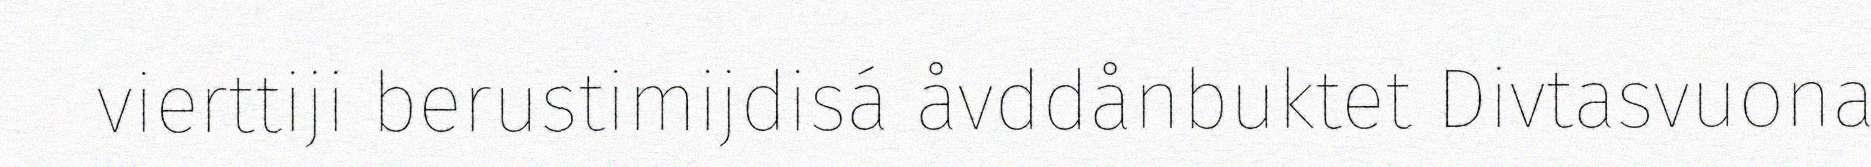
vierttiji berustimijdisá åvddånbuktet Divtasvuona